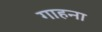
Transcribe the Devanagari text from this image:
गाहना